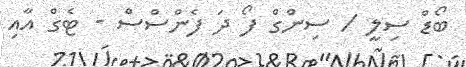
ބޯޑް ސިލީ / ސިންގް ފޯ ދަ ފެންސްސް - ޓެގް އާއި